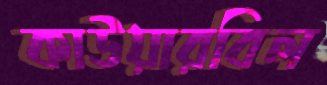
কাউয়ারবিল